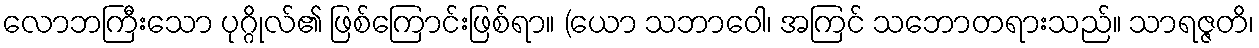
လောဘကြီးသော ပုဂ္ဂိုလ်၏ ဖြစ်ကြောင်းဖြစ်ရာ။ (ယော သဘာဝေါ၊ အကြင် သဘောတရားသည်။ သာရဇ္ဇတိ၊